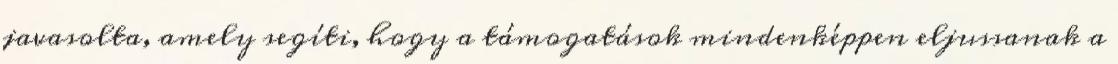
javasolta, amely segíti, hogy a támogatások mindenképpen eljussanak a